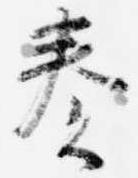
奏